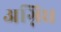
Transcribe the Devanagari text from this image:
अग्निध